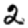
Digit: 2